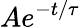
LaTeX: Ae^{-t/\tau}